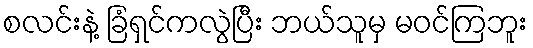
စလင်းနဲ့ ခြံရှင်ကလွဲပြီး ဘယ်သူမှ မဝင်ကြဘူး